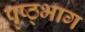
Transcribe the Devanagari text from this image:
पृष्ठ्भाग